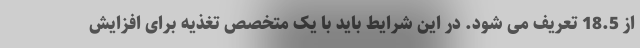
از 18.5 تعریف می شود. در این شرایط باید با یک متخصص تغذیه برای افزایش